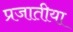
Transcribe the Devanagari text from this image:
प्रजातीया